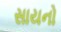
સાયનો